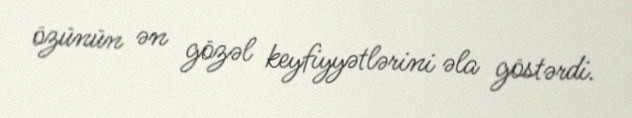
özünün ən gözəl keyfiyyətlərini əla göstərdi.